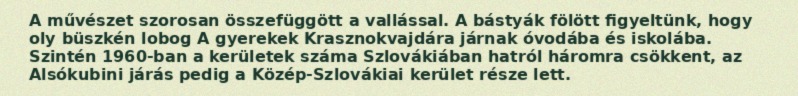
A művészet szorosan összefüggött a vallással. A bástyák fölött figyeltünk, hogy oly büszkén lobog A gyerekek Krasznokvajdára járnak óvodába és iskolába. Szintén 1960-ban a kerületek száma Szlovákiában hatról háromra csökkent, az Alsókubini járás pedig a Közép-Szlovákiai kerület része lett.